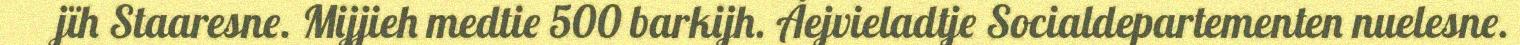
jïh Staaresne. Mijjieh medtie 500 barkijh. Åejvieladtje Socialdepartementen nuelesne.